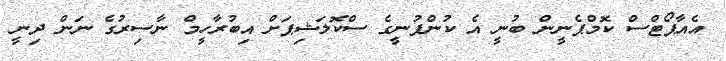
އެއާޕޯޓްސް ކޮމްޕެނީން ބުނީ އެ ކުންފުނީގެ ސްކޮލަޝިޕަށް އިބުރާހީމް ނާސިރުގެ ނަން ދިނީ